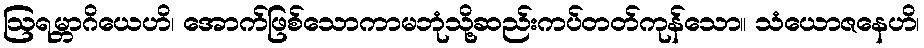
ဩရမ္ဘာဂိယေဟိ၊ အောက်ဖြစ်သောကာမဘုံသို့ဆည်းကပ်တတ်ကုန်သော။ သံယောဇနေဟိ၊